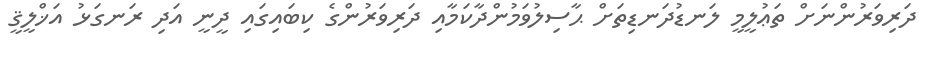
ދަރިވަރުންނަށް ތަޢުލީމީ ލަނޑުދަނޑިތަށް ޙާސިލުވަމުންދާކަމާއި ދަރިވަރުންގެ ކިބައިގައި ދީނީ އަދި ރަނގަޅު އަޚްލީޤީ